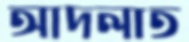
আদলাত